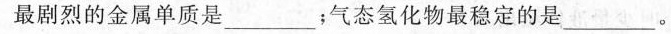
最剧烈的金属单质是_______；气态氢化物最稳定的是________